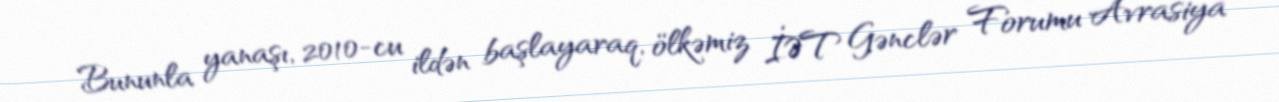
Bununla yanaşı, 2010-cu ildən başlayaraq, ölkəmiz İƏT Gənclər Forumu Avrasiya